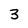
Character: 3